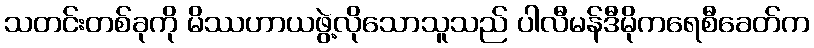
သတင်းတစ်ခုကို မိဿဟာယဖွဲ့လိုသောသူသည် ပါလီမန်ဒီမိုကရေစီခေတ်က